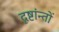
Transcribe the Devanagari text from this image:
दृष्टांन्तों